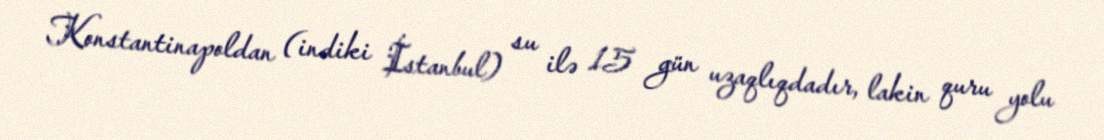
Konstantinapoldan (indiki İstanbul) su ilə 15 gün uzaqlıqdadır, lakin quru yolu